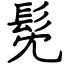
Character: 髧